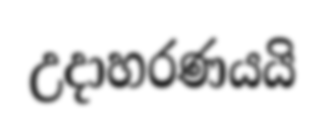
උදාහරණයයි